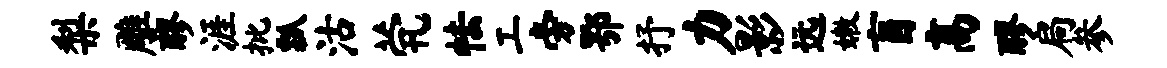
梨雕醪涯批瓢沽茕怯工旁鄂抒力影远嫩盲高醪扃参